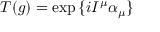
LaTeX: T ( g ) = \exp { \{ i I ^ { \mu } \alpha _ { \mu } \} }